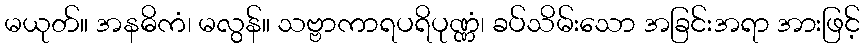
မယုတ်။ အနဓိကံ၊ မလွန်။ သဗ္ဗာကာရပရိပုဏ္ဏံ၊ ခပ်သိမ်းသော အခြင်းအရာ အားဖြင့်